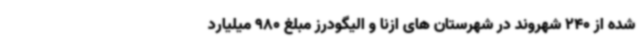
شده از 240 شهروند در شهرستان های ازنا و الیگودرز مبلغ 980 میلیارد